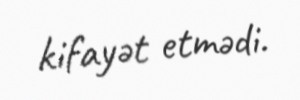
kifayət etmədi.